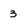
Character: 3